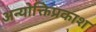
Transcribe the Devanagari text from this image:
अन्योक्तिप्रकाश